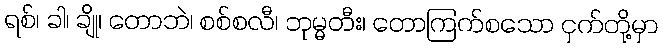
ရစ်၊ ခါ၊ ချို၊ တောဘဲ၊ စစ်စလီ၊ ဘုမ္မတီး၊ တောကြက်စသော ငှက်တို့မှာ